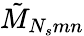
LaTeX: \tilde{M}_{N_{s}mn}